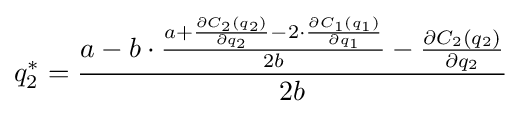
q_{2}^{*}={\frac {a-b\cdot {\frac {a+{\frac {\partial C_{2}(q_{2})}{\partial q_{2}}}-2\cdot {\frac {\partial C_{1}(q_{1})}{\partial q_{1}}}}{2b}}-{\frac {\partial C_{2}(q_{2})}{\partial q_{2}}}}{2b}}